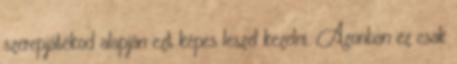
szerepjátékod alapján ezt képes leszel kezelni. Azonban ez csak